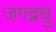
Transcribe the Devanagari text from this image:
जगद्बंधु